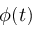
\phi ( t )